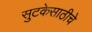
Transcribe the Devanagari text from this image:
सुटकेसाठीचे